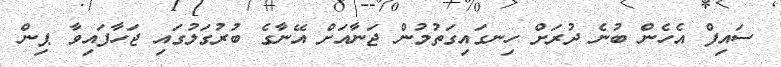
ސައިފް އެހެން ބުނެ ދުރަށް ހިނގައިގަތުމުން ޖަނާއަށް އޭނާގެ ބުރުގަލުގައި ޖަހާފައިވާ ޕިން